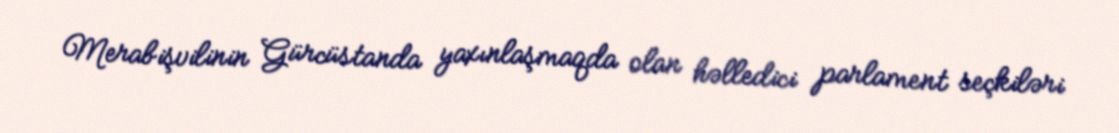
Merabişvilinin Gürcüstanda yaxınlaşmaqda olan həlledici parlament seçkiləri